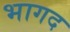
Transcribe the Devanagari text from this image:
भागद